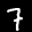
Label: 7